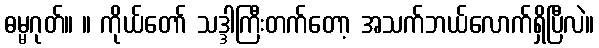
ဓမ္မဂုတ်။ ။ ကိုယ်တော် သဒ္ဒါကြီးတက်တော့ အသက်ဘယ်လောက်ရှိပြီလဲ။